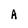
Character: A